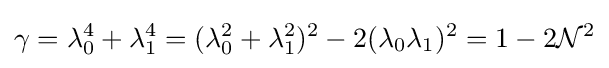
\gamma =\lambda _{0}^{4}+\lambda _{1}^{4}=(\lambda _{0}^{2}+\lambda _{1}^{2})^{2}-2(\lambda _{0}\lambda _{1})^{2}=1-2{\mathcal {N}}^{2}